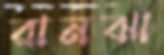
রানঝা